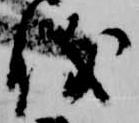
儀